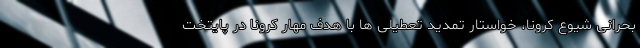
بحرانی شیوع کرونا، خواستار تمدید تعطیلی ها با هدف مهار کرونا در پایتخت